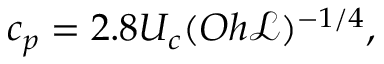
c _ { p } = 2 . 8 U _ { c } ( O h { \mathscr { L } } ) ^ { - 1 / 4 } ,